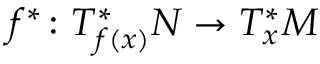
f ^ { * } \colon T _ { f ( x ) } ^ { * } N \to T _ { x } ^ { * } M